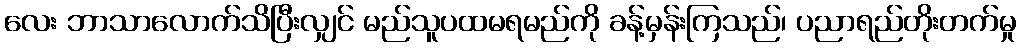
လေး ဘာသာလောက်သိပြီးလျှင် မည်သူပထမရမည်ကို ခန့်မှန်းကြသည်၊ ပညာရည်တိုးတက်မှု